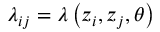
\lambda _ { i j } = \lambda \left( z _ { i } , z _ { j } , \theta \right)